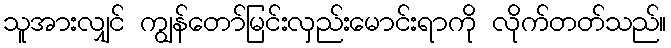
သူအားလျှင် ကျွန်တော်မြင်းလှည်းမောင်းရာကို လိုက်တတ်သည်။